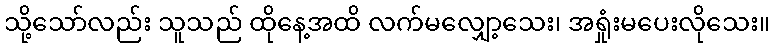
သို့သော်လည်း သူသည် ထိုနေ့အထိ လက်မလျှော့သေး၊ အရှုံးမပေးလိုသေး။